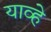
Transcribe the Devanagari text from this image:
याव्‍हे